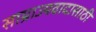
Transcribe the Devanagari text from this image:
साम्राज्यवादासाठी